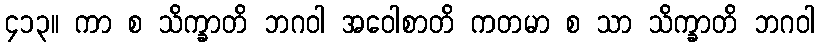
၄၁၃။ ကာ စ သိက္ခာတိ ဘဂဝါ အဝေါစာတိ ကတမာ စ သာ သိက္ခာတိ ဘဂဝါ